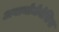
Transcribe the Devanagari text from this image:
अबायोजेनेसिस